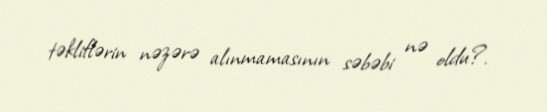
təkliflərin nəzərə alınmamasının səbəbi nə oldu?.